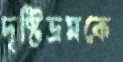
দৃষ্টিভ্রমকে